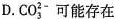
D.\mathrm{CO}_{3}^{2-}可能存在